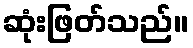
ဆုံးဖြတ်သည်။